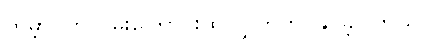
ကမ္ဘာပတ်လမ်းကြောင်းထဲ လွှတ်တင်နိုင်ခဲ့ပါတယ်။